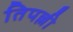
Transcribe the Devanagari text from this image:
तिपल्ली